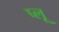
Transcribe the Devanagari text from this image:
प्लू